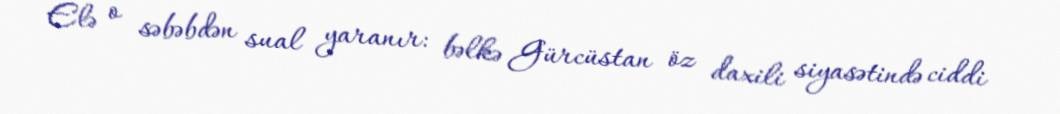
Elə o səbəbdən sual yaranır: bəlkə Gürcüstan öz daxili siyasətində ciddi